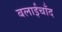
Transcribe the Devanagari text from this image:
बलाईचाँद